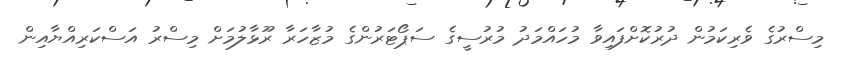
މިސްރުގެ ވެރިކަމުން ދުރުކޮށްފައިވާ މުހައްމަދު މުރުސީގެ ސަޕޯޓަރުންގެ މުޒާހަރާ ރޫޅާލުމަށް މިސްރު އަސްކަރިއްޔާއިން